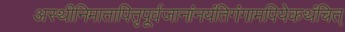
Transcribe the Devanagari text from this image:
अस्थीनिमातापितृपूर्वजानांनयंतिगंगामपियेकथंचित्